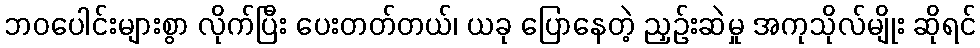
ဘဝပေါင်းများစွာ လိုက်ပြီး ပေးတတ်တယ်၊ ယခု ပြောနေတဲ့ ညှဉ်းဆဲမှု အကုသိုလ်မျိုး ဆိုရင်